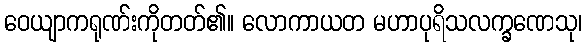
ဝေယျာကရုဏ်းကိုတတ်၏။ လောကာယတ မဟာပုရိသလက္ခဏေသု၊